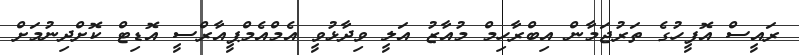
ރައީސް އޮފީހުގެ ތަރުޖަމާން އިބްރާހިމް މުއާޒު އަލީ ވިދާޅުވީ އެމްއެމްޕީއާރްސީ އޮޑިޓް ކޮށްދިނުމަށް